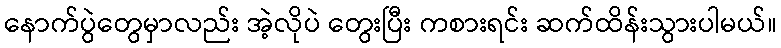
နောက်ပွဲတွေမှာလည်း အဲ့လိုပဲ တွေးပြီး ကစားရင်း ဆက်ထိန်းသွားပါမယ်။